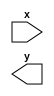
module decoder_2to4(
    input [1:0] x,
    output [3:0] y
    );
wire not_x1, not_x0;

not (not_x1, x1);
not (not_x0, x0);

and (y0, not_x1,not_x0);
and (y1, not_x1, x0);
and (y2, not_x0, x1);
and (y3, x1, x0);


endmodule